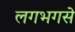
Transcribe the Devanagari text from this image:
लगभगसे